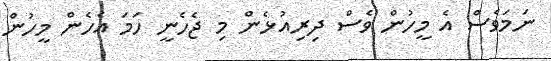
ނަމަވެސް އެ މީހުން ވެސް ދިރިއުޅެން މި ޖެހެނީ ހަމަ އެހެން މީހުން